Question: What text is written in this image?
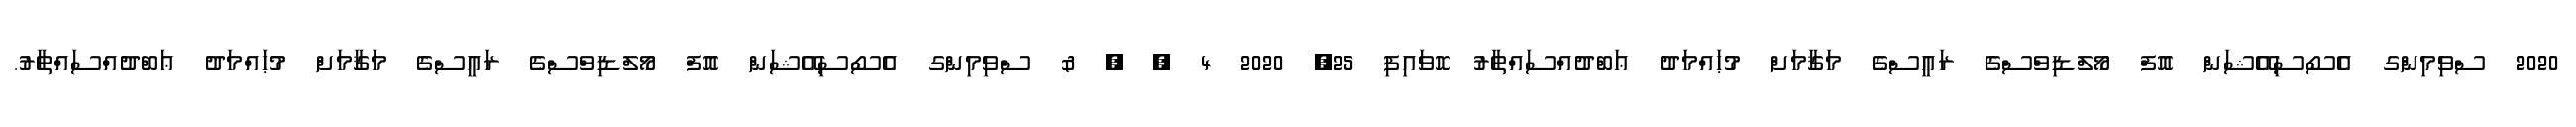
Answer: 2020 ސްވިމިންގ އެސޯސިއޭޝަން އޮފް މޯލްޑިވްސްގެ ރައީސްގެ މަޤާމަށް މުޙައްމަދު ޢަބްދުއްސައްތާރު ހޮވައިފި 25, 2020 4 , , & ސްވިމިންގ އެސޯސިއޭޝަން އޮފް މޯލްޑިވްސްގެ ރައީސްގެ މަޤާމަށް މުޙައްމަދު ޢަބްދުއްސައްތާރު.